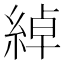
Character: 綽